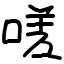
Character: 嗟